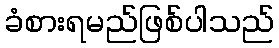
ခံစားရမည်ဖြစ်ပါသည်